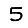
Digit: 5